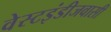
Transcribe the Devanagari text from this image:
वेस्टइंडीजवासी